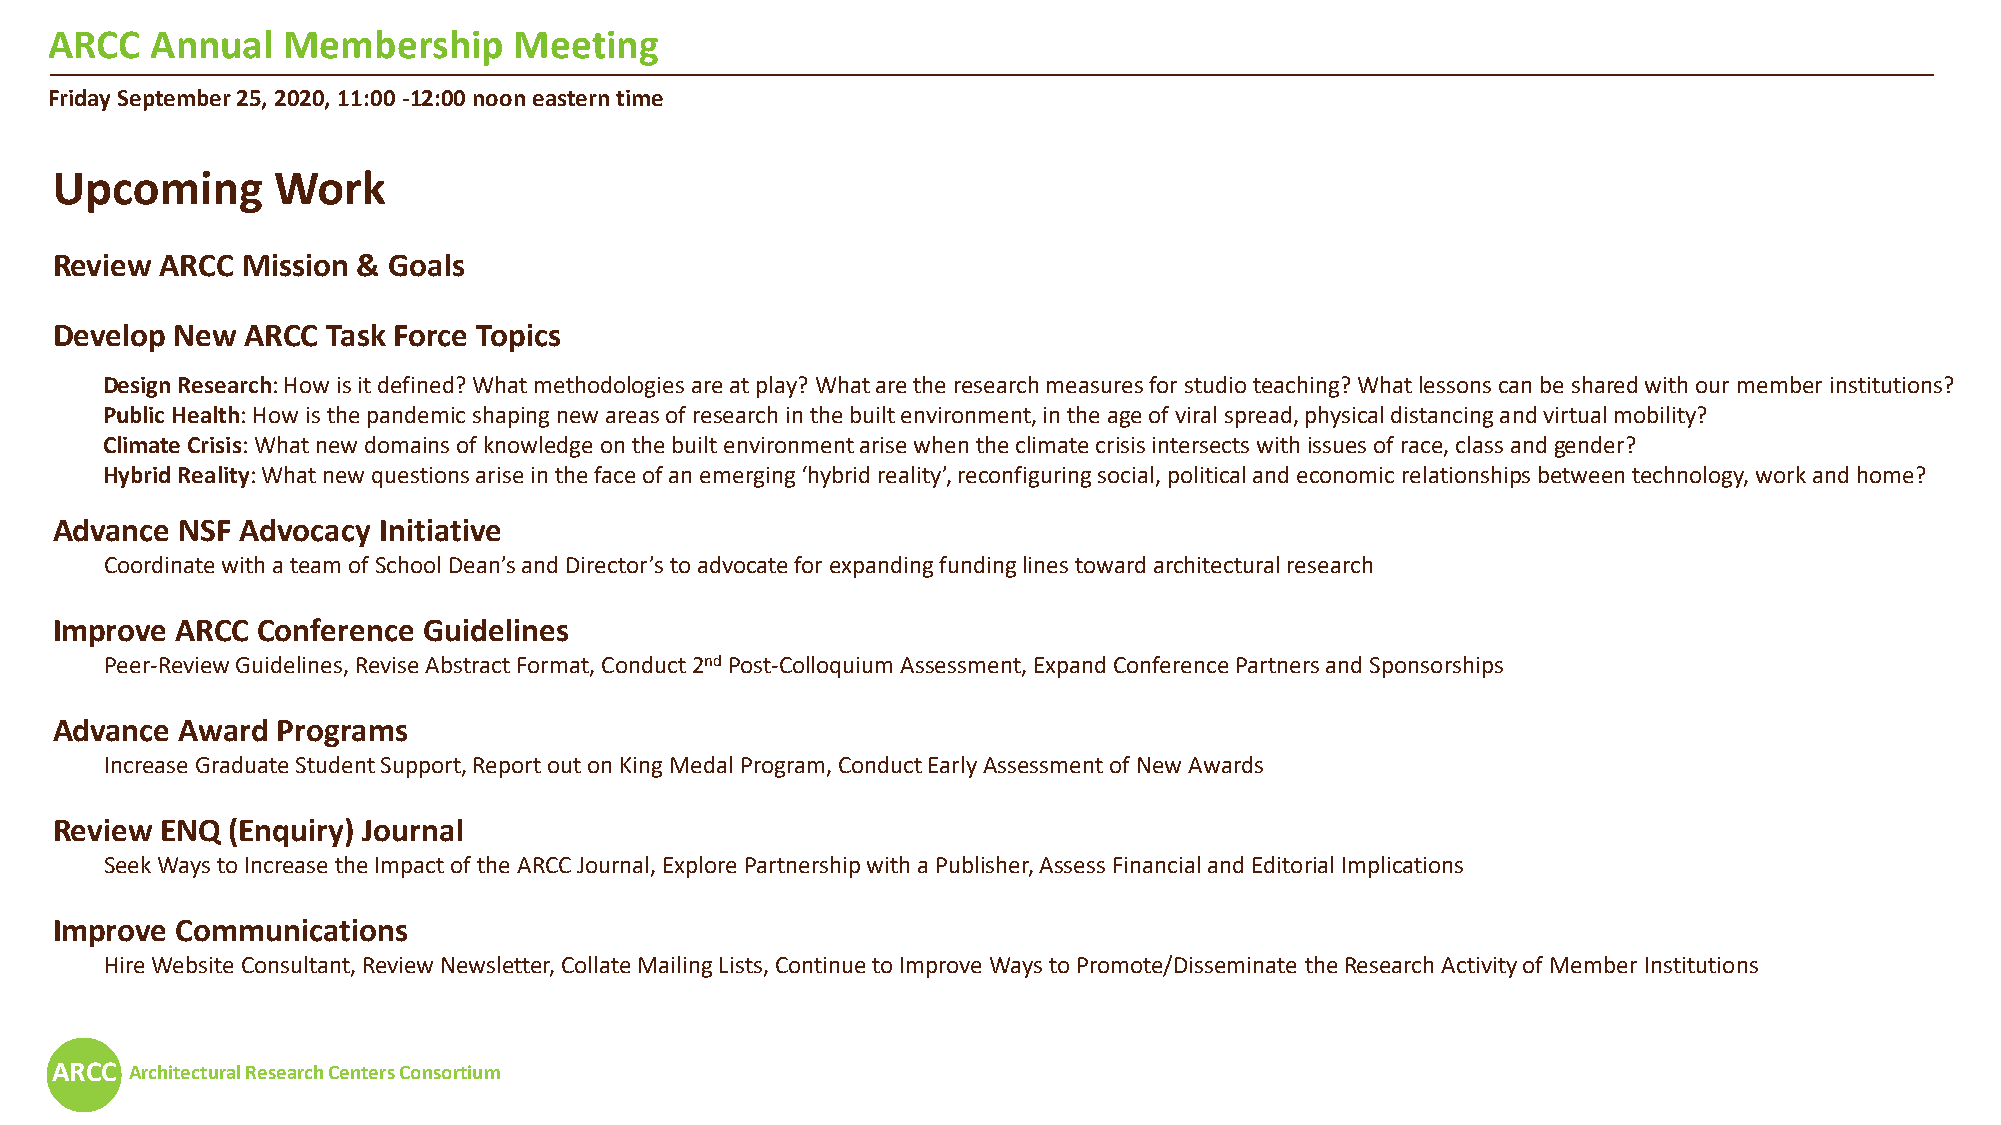
ARCC   Annual   Membership     Meeting
 Friday September 25, 2020, 11:00 -12:00 noon eastern time
 Upcoming       Work
 Review  ARCC Mission & Goals
 Develop  New ARCC  Task Force Topics
 Design Research: How is it defined? What methodologies are at play? What are the research measures for studio teaching? What lessons can be shared with our member institutions?
 Public Health: How is the pandemic shaping new areas of research in the built environment, in the age of viral spread, physical distancingand virtual mobility?
 Climate Crisis: What new domains of knowledge on the built environment arise when the climate crisis intersects with issues of race, class andgender?
 Hybrid Reality: What new questions arise in the face of an emerging ‘hybrid reality’, reconfiguring social, political and economic relationships between technology, work and home?
 Advance  NSF Advocacy Initiative
 Coordinate with a team of School Dean’s and Director’s to advocate for expanding funding lines toward architectural research
 Improve  ARCC Conference Guidelines
 Peer-Review Guidelines, Revise Abstract Format, Conduct 2ndPost-Colloquium Assessment, Expand Conference Partners and Sponsorships
 Advance  Award Programs
 Increase Graduate Student Support, Report out on King Medal Program, Conduct Early Assessment of New Awards
 Review  ENQ (Enquiry) Journal
 Seek Ways to Increase the Impact of the ARCC Journal, Explore Partnership with a Publisher, Assess Financial and Editorial Implications
 Improve  Communications
 Hire Website Consultant, Review Newsletter, Collate Mailing Lists, Continue to Improve Ways to Promote/Disseminate the Research Activity of Member Institutions
 ARCC  Architectural Research Centers Consortium